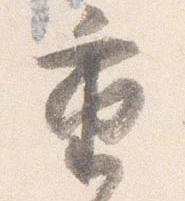
重